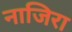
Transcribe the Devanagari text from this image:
नाजिरा